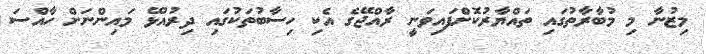
މިޒުނާ މި މުބާރާތުގައި ތައްޔާރުކޮށްފައިވަނީ ރާއްޖޭގެ އެކި ހިސާބުތަކުގައި ދިރުއުޅޭ މައިންނަށް ހާއްސަ